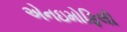
એનઇમોફિલી